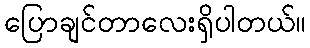
ပြောချင်တာလေးရှိပါတယ်။